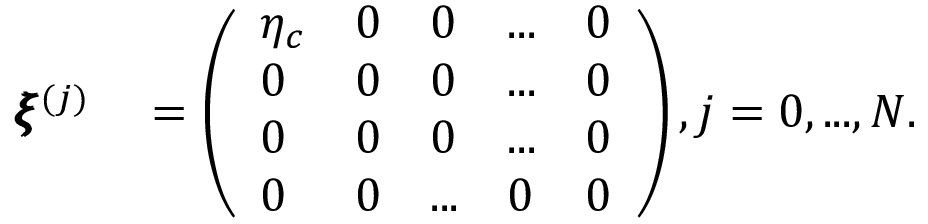
\begin{array} { r l } { \pmb { \xi } ^ { ( j ) } } & { { } = \left( \begin{array} { l l l l l } { \eta _ { c } } & { 0 } & { 0 } & { . . . } & { 0 } \\ { 0 } & { 0 } & { 0 } & { . . . } & { 0 } \\ { 0 } & { 0 } & { 0 } & { . . . } & { 0 } \\ { 0 } & { 0 } & { . . . } & { 0 } & { 0 } \end{array} \right) , j = 0 , . . . , N . } \end{array}